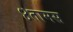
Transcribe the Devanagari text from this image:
४तामस